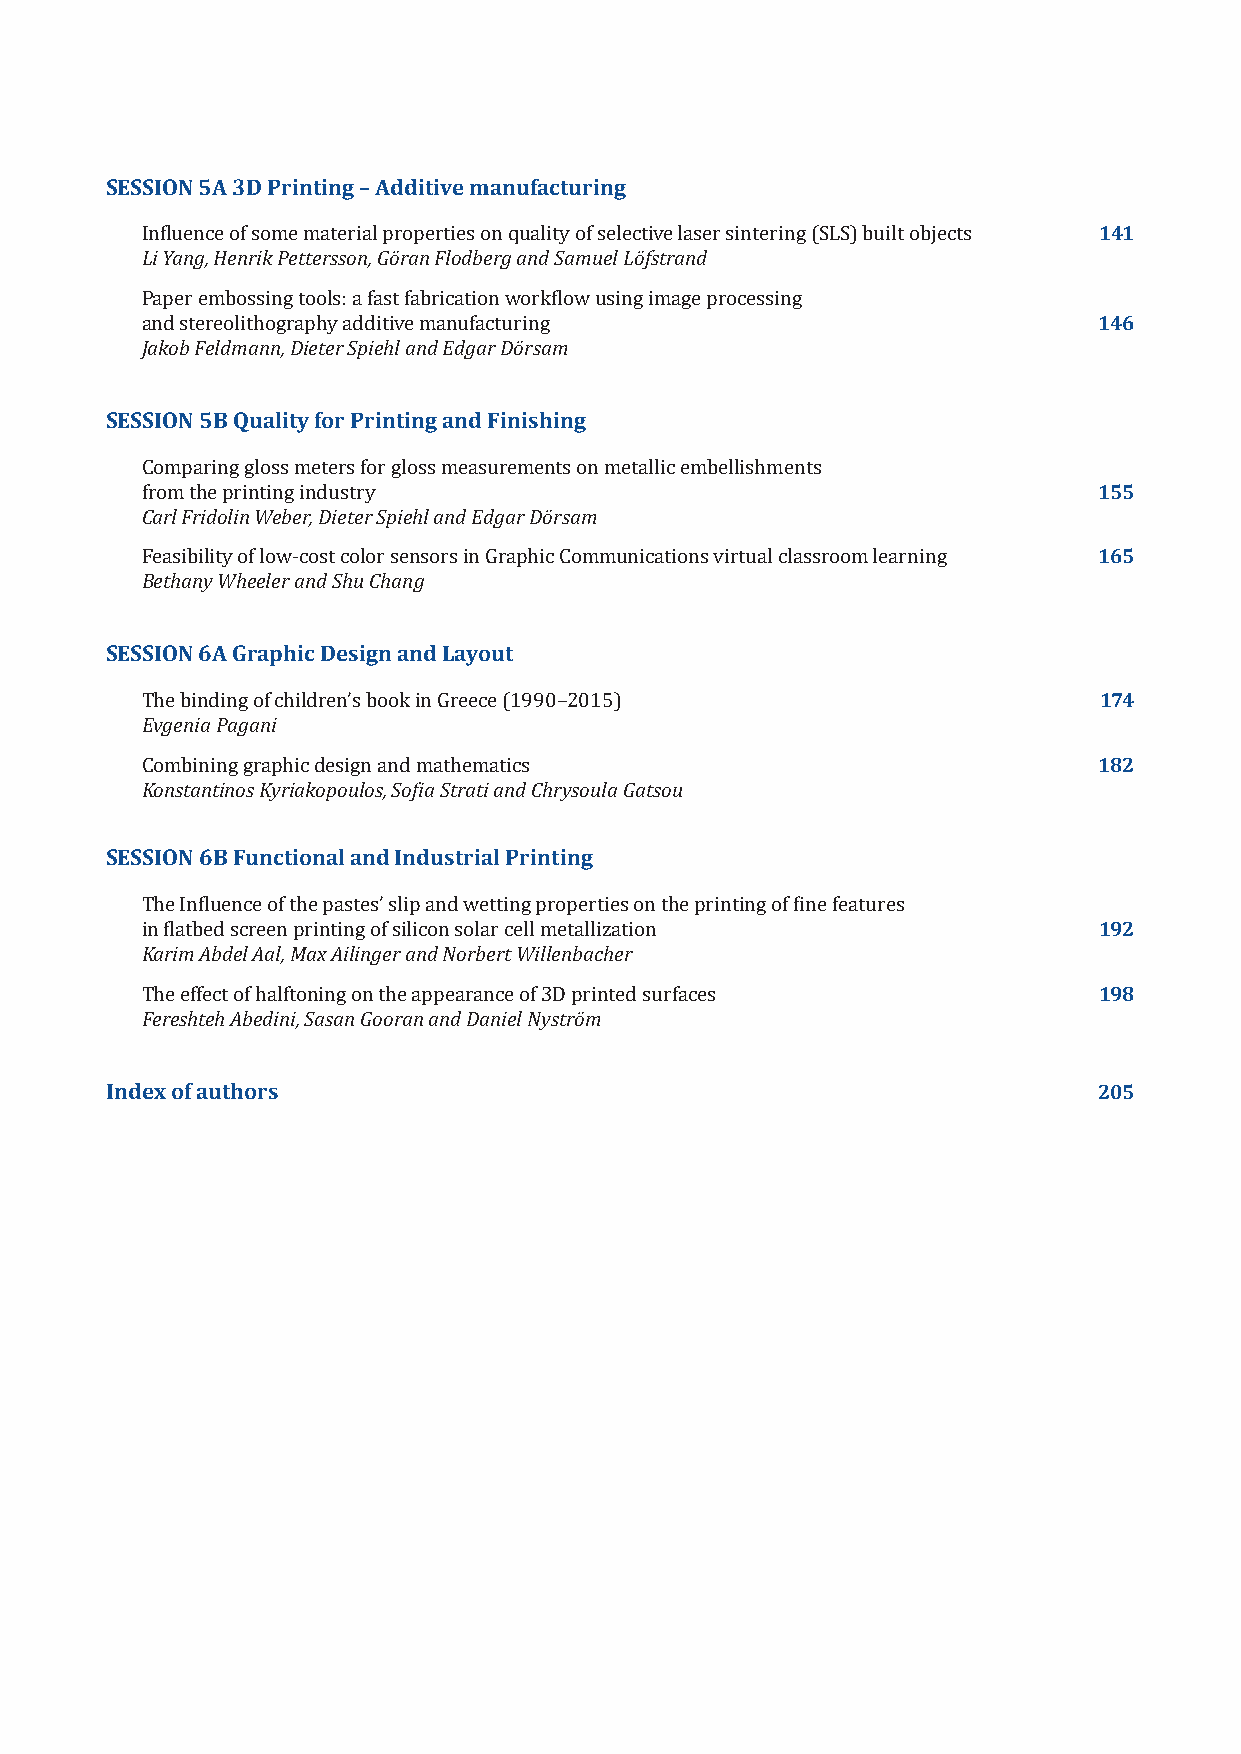
SESSION 5A 3D Printing – Additive manufacturing
 Influence of some material properties on quality of selective laser sintering (SLS) built objects 141
 Li Yang, Henrik Pettersson, Göran Flodberg and Samuel Löfstrand
 Paper embossing tools: a fast fabrication workflow using image processing
 and stereolithography additive manufacturing                    146
 Jakob Feldmann, Dieter Spiehl and Edgar Dörsam
 SESSION 5B Quality for Printing and Finishing
 Comparing gloss meters for gloss measurements on metallic embellishments
 from the printing industry                                      155
 Carl Fridolin Weber, Dieter Spiehl and Edgar Dörsam
 Feasibility of low-cost color sensors in Graphic Communications virtual classroom learning 165
 Bethany Wheeler and Shu Chang
 SESSION 6A Graphic Design and Layout
 The binding of children’s book in Greece (1990–2015)            174
 Evgenia Pagani
 Combining graphic design and mathematics                        182
 Konstantinos Kyriakopoulos, Sofia Strati and Chrysoula Gatsou
 SESSION 6B Functional and Industrial Printing
 The Influence of the pastes’ slip and wetting properties on the printing of fine features
 in flatbed screen printing of silicon solar cell metallization  192
 Karim Abdel Aal, Max Ailinger and Norbert Willenbacher
 The effect of halftoning on the appearance of 3D printed surfaces 198
 Fereshteh Abedini, Sasan Gooran and Daniel Nyström
 Index of authors                                                  205